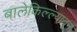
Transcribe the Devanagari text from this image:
बालेकिल्ल्यातून